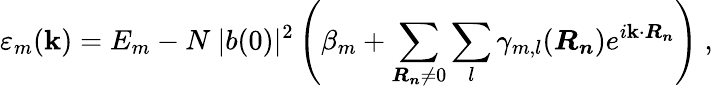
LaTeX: \varepsilon_{m}({\boldsymbol{\mathbf{k}}})=E_{m}-N\ |b(0)|^{2}\left(\beta_{m}+\sum_{{\boldsymbol{R_{n}}}\neq0}\sum_{l}\gamma_{m,l}({\boldsymbol{R_{n}}})e^{i{\boldsymbol{\mathbf{k}}}\cdot{\boldsymbol{R_{n}}}}\right)\ ,